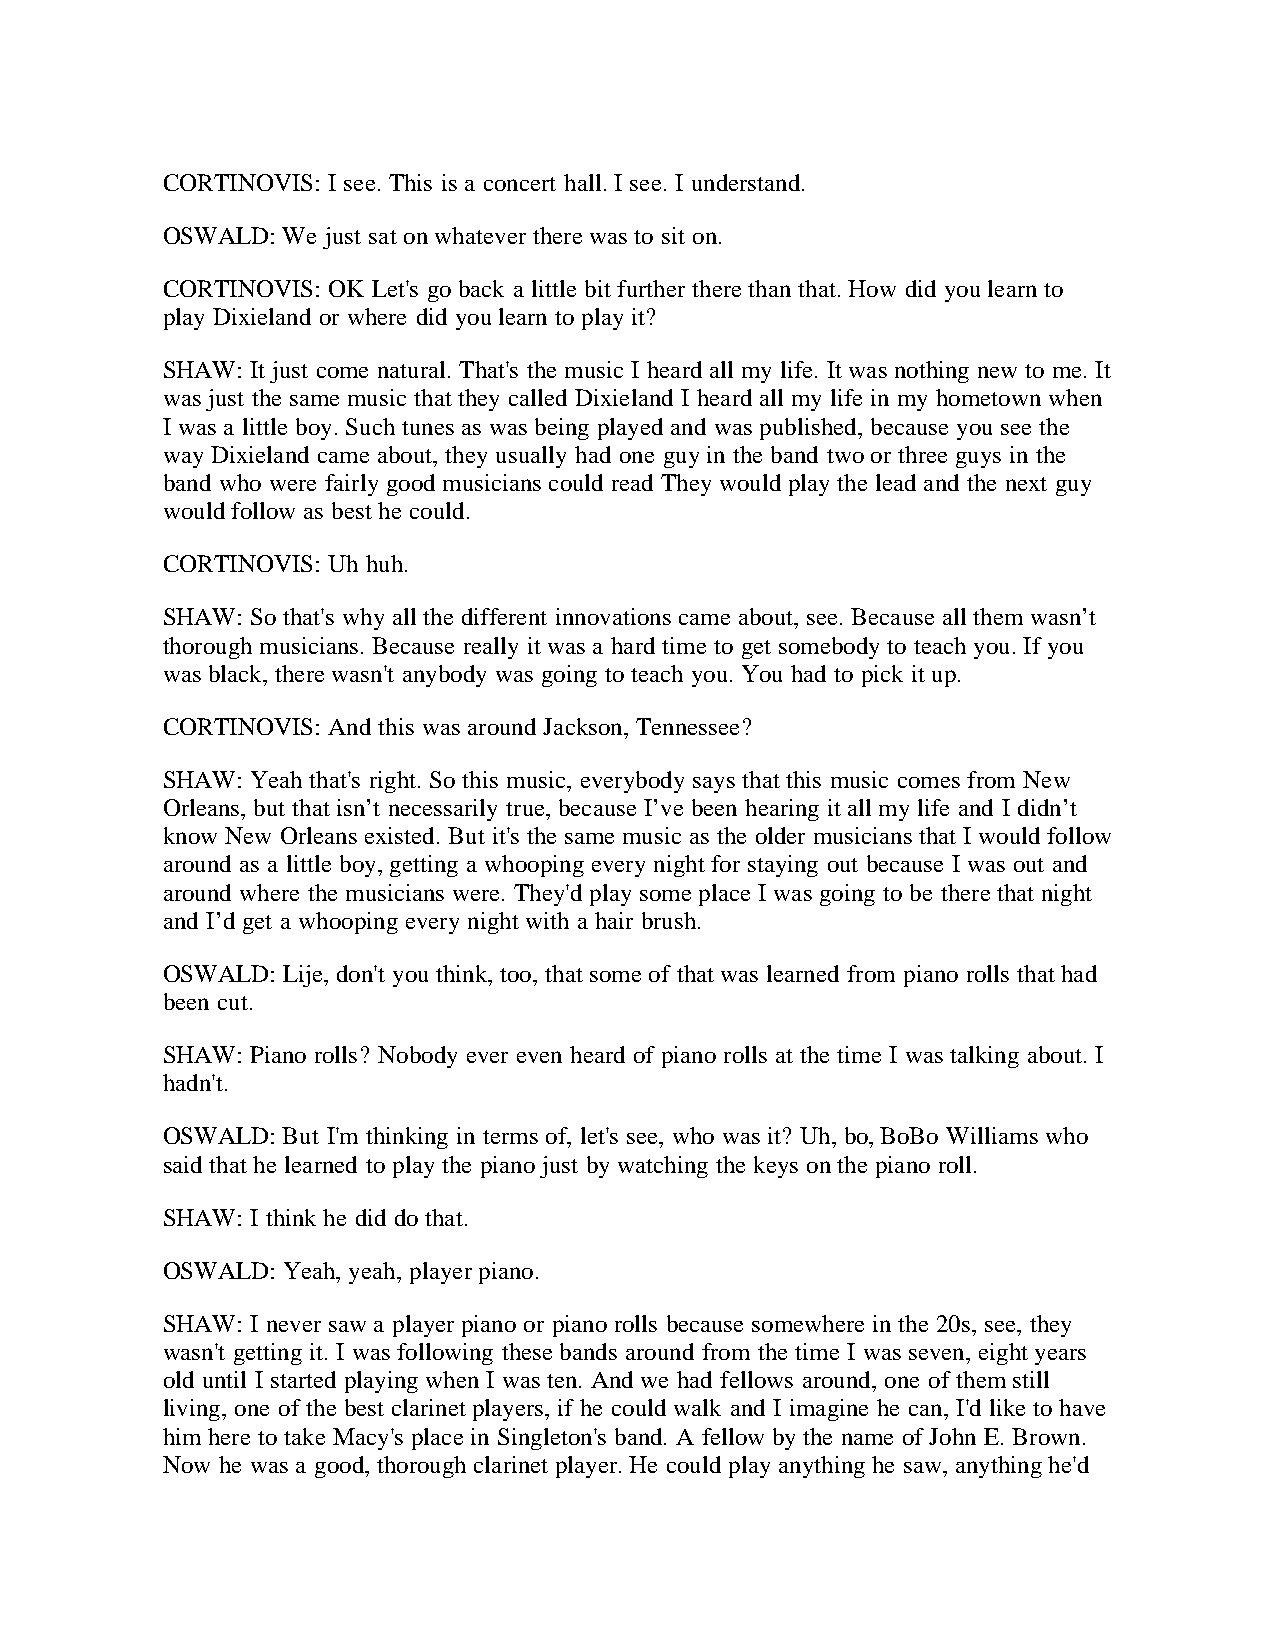
CORTINOVIS: I see. This is a concert hall. I see. I understand.
 OSWALD: We just sat on whatever there was to sit on.
 CORTINOVIS: OK Let's go back a little bit further there than that. How did you learn to
 play Dixieland or where did you learn to play it?
 SHAW: It just come natural. That's the music I heard all my life. It was nothing new to me. It
 was just the same music that they called Dixieland I heard all my life in my hometown when
 I was a little boy. Such tunes as was being played and was published, because you see the
 way Dixieland came about, they usually had one guy in the band two or three guys in the
 band who were fairly good musicians could read They would play the lead and the next guy
 would follow as best he could.
 CORTINOVIS: Uh huh.
 SHAW: So that's why all the different innovations came about, see. Because all them wasn’t
 thorough musicians. Because really it was a hard time to get somebody to teach you. If you
 was black, there wasn't anybody was going to teach you. You had to pick it up.
 CORTINOVIS: And this was around Jackson, Tennessee?
 SHAW: Yeah that's right. So this music, everybody says that this music comes from New
 Orleans, but that isn’t necessarily true, because I’ve been hearing it all my life and I didn’t
 know New Orleans existed. But it's the same music as the older musicians that I would follow
 around as a little boy, getting a whooping every night for staying out because I was out and
 around where the musicians were. They'd play some place I was going to be there that night
 and I’d get a whooping every night with a hair brush.
 OSWALD: Lije, don't you think, too, that some of that was learned from piano rolls that had
 been cut.
 SHAW: Piano rolls? Nobody ever even heard of piano rolls at the time I was talking about. I
 hadn't.
 OSWALD: But I'm thinking in terms of, let's see, who was it? Uh, bo, BoBo Williams who
 said that he learned to play the piano just by watching the keys on the piano roll.
 SHAW: I think he did do that.
 OSWALD: Yeah, yeah, player piano.
 SHAW: I never saw a player piano or piano rolls because somewhere in the 20s, see, they
 wasn't getting it. I was following these bands around from the time I was seven, eight years
 old until I started playing when I was ten. And we had fellows around, one of them still
 living, one of the best clarinet players, if he could walk and I imagine he can, I'd like to have
 him here to take Macy's place in Singleton's band. A fellow by the name of John E. Brown.
 Now he was a good, thorough clarinet player. He could play anything he saw, anything he'd